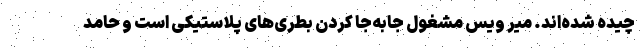
چیده شده‌اند. میر ویس مشغول جابه‌جا کردن بطری‌های پلاستیکی است و حامد